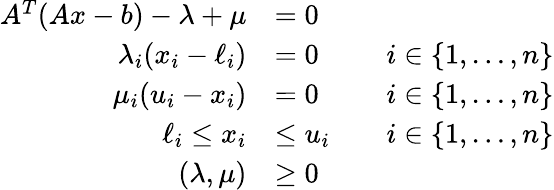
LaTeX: \begin{array}{rlrl}{A^{T}(Ax-b)-\lambda+\mu}&{=0}\\ {\lambda_{i}(x_{i}-\ell_{i})}&{=0}&&{i\in\{ 1,\ldots,n\} }\\ {\mu_{i}(u_{i}-x_{i})}&{=0}&&{i\in\{ 1,\ldots,n\} }\\ {\ell_{i}\leq x_{i}}&{\leq u_{i}}&&{i\in\{ 1,\ldots,n\} }\\ {(\lambda,\mu)}&{\geq 0}\end{array}